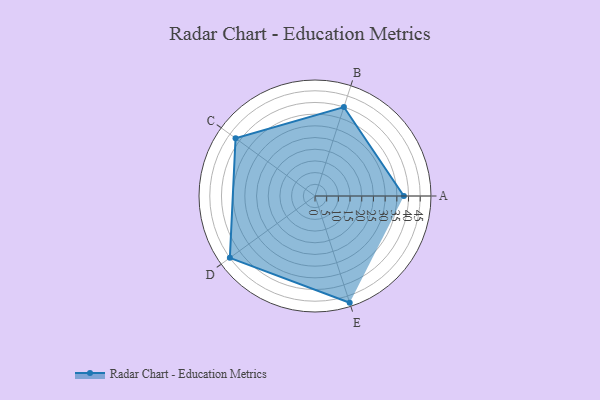
{"axis": {"x": "Skill", "y": "Score"}, "legend": ["Profile"], "data": [{"x": "A", "y": 38.0, "type": "Profile"}, {"x": "B", "y": 40.0, "type": "Profile"}, {"x": "C", "y": 42.0, "type": "Profile"}, {"x": "D", "y": 45.0, "type": "Profile"}, {"x": "E", "y": 48.0, "type": "Profile"}]}